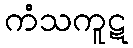
ကံသကူဋ